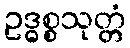
ဥဒ္ဓစ္စသုတ္တံ